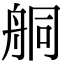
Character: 𦨴